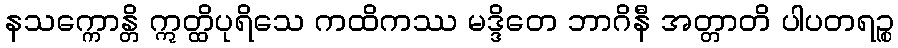
နသက္ကောန္တိ ဣတ္ထိပုရိသေ ကထိကဿ မဒ္ဒိတေ ဘာဂိနီ အတ္တာတိ ပါပတရဉ္စ